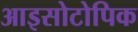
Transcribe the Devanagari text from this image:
आइसोटोपिक